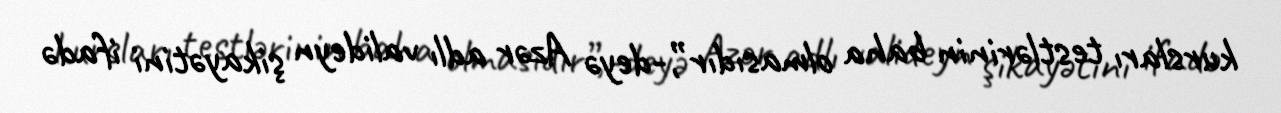
kursları testlərinin baha olmasıdır”,-deyə Azər adlı valideyn şikayətini ifadə